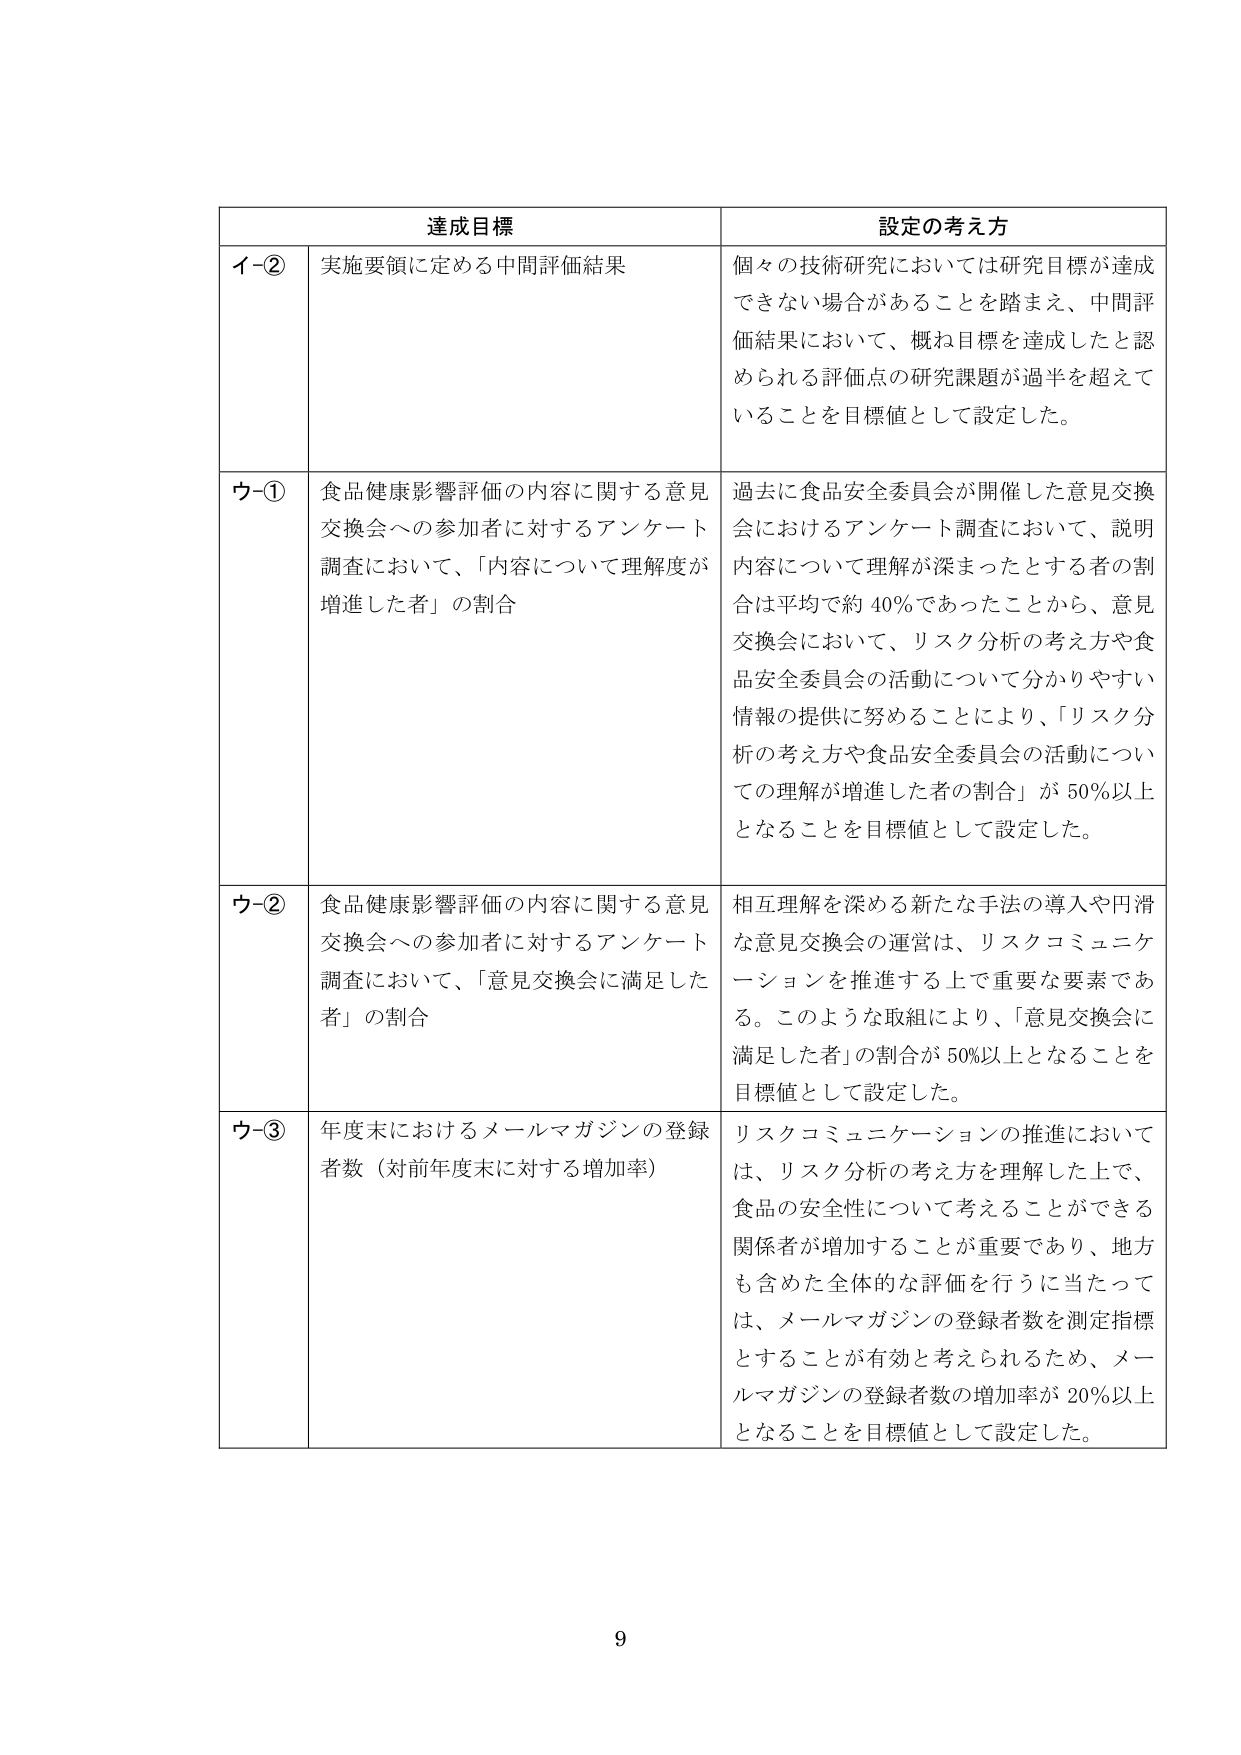
達成目標 設定の考え方
イ-② 実施要領に定める中間評価結果 個々の技術研究においては研究目標が達成できない場合があることを踏まえ、中間評価結果において、概ね目標を達成したと認められる評価点の研究課題が過半を超えて いることを目標値として設定した。
ウ-① 食品健康影響評価の内容に関する意見交換会への参加者に対するアンケート調査において、「内容について理解度が増進した者」の割合 過去に食品安全委員会が開催した意見交換会におけるアンケート調査において、説明内容について理解が深まったとする者の割合は平均で約40％であったことから、意見交換会において、リスク分析の考え方や食品安全委員会の活動について分かりやすい情報の提供に努めることにより、「リスク分析の考え方や食品安全委員会の活動についての理解が増進した者の割合」が50％以上となることを目標値として設定した。
ウ-② 食品健康影響評価の内容に関する意見交換会への参加者に対するアンケート調査において、「意見交換会に満足した者」の割合 相互理解を深める新たな手法の導入や円滑な意見交換会の運営は、リスクコミュニケーションを推進する上で重要な要素である。このような取組により、「意見交換会に満足した者」の割合が50％以上となることを目標値として設定した。
ウ-③ 年度末におけるメールマガジンの登録者数（対前年度末に対する増加率） リスクコミュニケーションの推進においては、リスク分析の考え方を理解した上で、食品の安全性について考えることができる関係者が増加することが重要であり、地方も含めた全体的な評価を行うに当たっては、メールマガジンの登録者数を測定指標とすることが有効と考えられるため、メールマガジンの登録者数の増加率が20％以上となることを目標値として設定した。
9